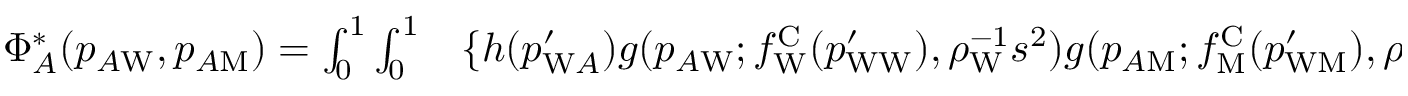
\begin{array} { r l } { \Phi _ { A } ^ { * } ( p _ { A \mathrm { W } } , p _ { A \mathrm { M } } ) = \int _ { 0 } ^ { 1 } \int _ { 0 } ^ { 1 } } & { { } \{ h ( p _ { \mathrm { W } A } ^ { \prime } ) g ( p _ { A \mathrm { W } } ; f _ { \mathrm { W } } ^ { \mathrm { C } } ( p _ { \mathrm { W W } } ^ { \prime } ) , \rho _ { \mathrm { W } } ^ { - 1 } s ^ { 2 } ) g ( p _ { A \mathrm { M } } ; f _ { \mathrm { M } } ^ { \mathrm { C } } ( p _ { \mathrm { W M } } ^ { \prime } ) , \rho _ { \mathrm { M } } ^ { - 1 } s ^ { 2 } ) } \end{array}